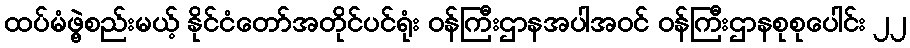
ထပ်မံဖွဲ့စည်းမယ့် နိုင်ငံတော်အတိုင်ပင်ရုံး ဝန်ကြီးဌာနအပါအဝင် ဝန်ကြီးဌာနစုစုပေါင်း ၂၂